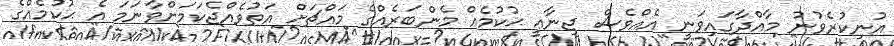
އުނިކުރެވުނު މާއްދާގައިވަނީ އެއްވެސް ޖިނާޢީ ޙުކުމެއް މެންބަރެއްގެ މައްޗަށް އަތުވެއްޖެކަމަށްވާނަމަ އެ ޙުކުމެއްގެ